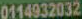
0114932032